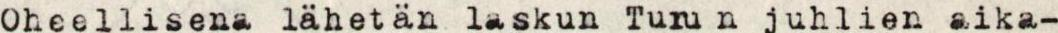
Oheellisena lähetän laskun Turun juhlien aika-